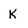
Character: K